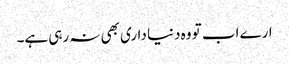
ارے اب تو وہ دنیا داری بھی نہ رہی ہے۔